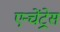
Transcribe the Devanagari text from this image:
एन्चेंट्रेस